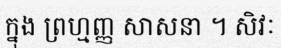
ក្នុង ព្រហ្មញ្ញ សាសនា ។ សិវៈ